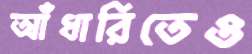
আঁধারিতেও